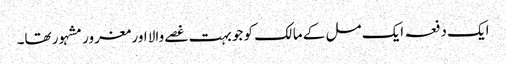
ایک دفعہ ایک مل کے مالک کو جو بہت غصے والا اور مغرور مشہور تھا۔